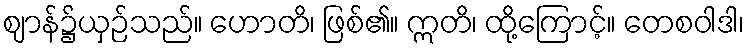
ဈာန်၌ယှဉ်သည်။ ဟောတိ၊ ဖြစ်၏။ ဣတိ၊ ထို့ကြောင့်။ တေစဝါဒါ၊